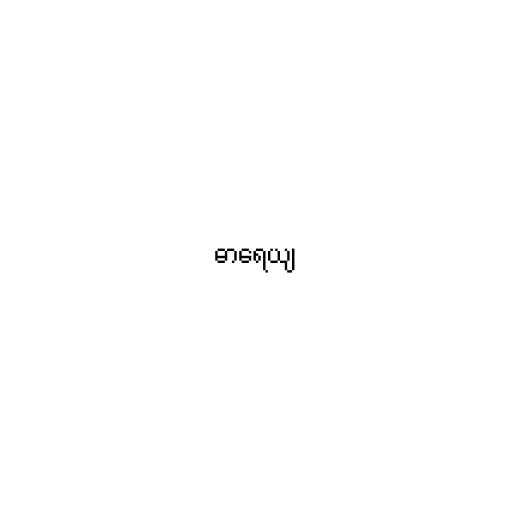
ဓာရေယျ